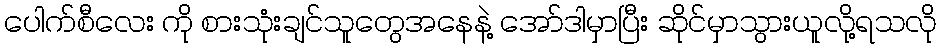
ပေါက်စီလေး ကို စားသုံးချင်သူတွေအနေနဲ့ အော်ဒါမှာပြီး ဆိုင်မှာသွားယူလို့ရသလို